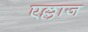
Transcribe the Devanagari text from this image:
एल्लाज